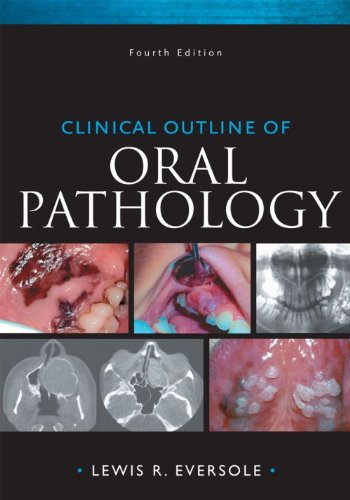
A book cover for Clinical Outline of Oral Pathology, 4e; Lewis R. Eversole; Medical Books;